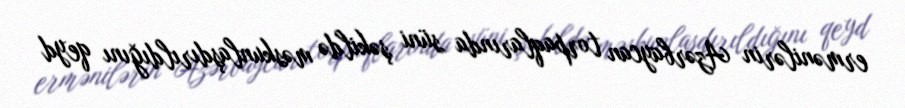
ermənilərin Azərbaycan torpaqlarında süni şəkildə məskunlaşdırıldığını qeyd